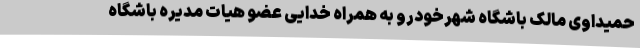
حمیداوی مالک باشگاه شهرخودرو به همراه خدایی عضو هیات مدیره باشگاه